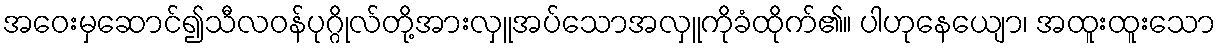
အဝေးမှဆောင်၍သီလဝန်ပုဂ္ဂိုလ်တို့အားလှူအပ်သောအလှူကိုခံထိုက်၏။ ပါဟုနေယျော၊ အထူးထူးသော